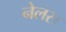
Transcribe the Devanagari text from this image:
नेलस